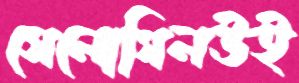
সেলোগিলউই